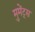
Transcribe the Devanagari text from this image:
मुमेंट्स